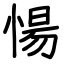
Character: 愓